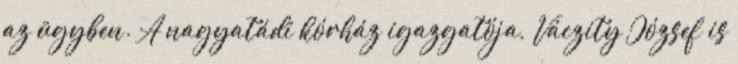
az ügyben. A nagyatádi kórház igazgatója, Váczity József is